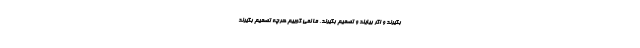
بگیرند و اگر بیایند و تصمیم بگیرند، ما نمی گوییم هرچه تصمیم بگیرند